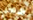
ملابسي